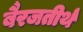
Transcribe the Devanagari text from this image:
बैरजतीर्थ